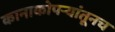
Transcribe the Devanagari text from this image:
कानाकोपऱ्यांतूनच